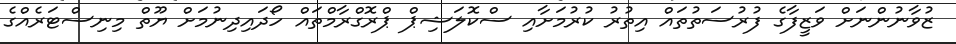
ޒުވާނުންނަށް ވަޒީފާގެ ފުރުސަތުތައް އިތުރު ކުރުމަށާއި ސްކޮލަޝިޕް ޕްރޮގްރާމްތައް ހޯދައިދިނުމަށް ޔޫތް މިނިސްޓަރެއްގެ